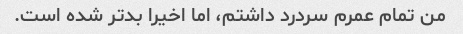
من تمام عمرم سردرد داشتم، اما اخیرا بدتر شده است.